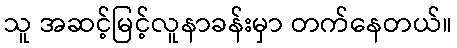
သူ အဆင့်မြင့်လူနာခန်းမှာ တက်နေတယ်။